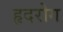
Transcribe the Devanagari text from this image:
हृदरोग